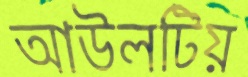
আউলটিয়